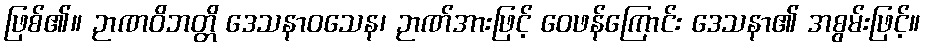
ဖြစ်၏။ ဉာဏဝိဘတ္တိ ဒေသနာဝသေန၊ ဉာဏ်အားဖြင့် ဝေဖန်ကြောင်း ဒေသနာ၏ အစွမ်းဖြင့်။